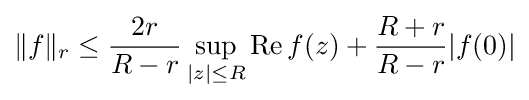
\|f\|_{r}\leq {\frac {2r}{R-r}}\sup _{|z|\leq R}\operatorname {Re} f(z)+{\frac {R+r}{R-r}}|f(0)|